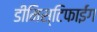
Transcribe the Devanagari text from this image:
डीमिस्टिफाईंग